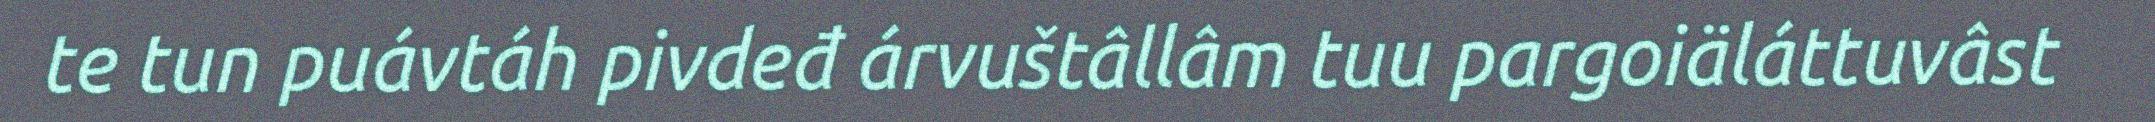
te tun puávtáh pivdeđ árvuštâllâm tuu pargoiäláttuvâst